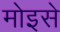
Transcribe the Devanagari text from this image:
मोइसे